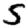
Digit: 5